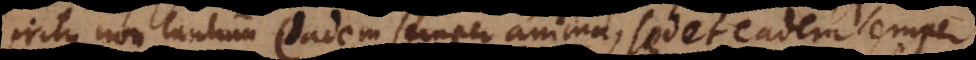
eritque non tantum eadem semper anima, sed et eadem semper